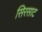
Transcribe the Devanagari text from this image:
सिरसाट